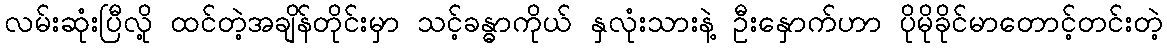
လမ်းဆုံးပြီလို့ ထင်တဲ့အချိန်တိုင်းမှာ သင့်ခန္ဓာကိုယ် နှလုံးသားနဲ့ ဦးနှောက်ဟာ ပိုမိုခိုင်မာတောင့်တင်းတဲ့